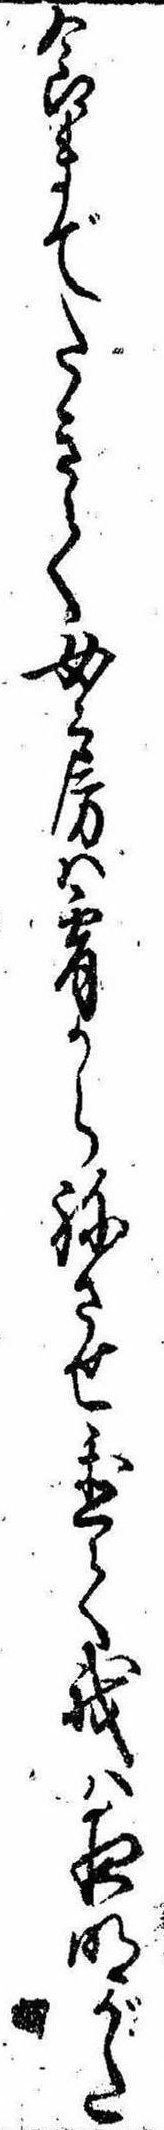
食までたきて女房は宵からねさせ置て我は夜明がた